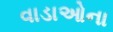
વાડાઓના